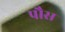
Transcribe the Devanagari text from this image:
पौस